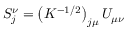
S _ { j } ^ { \nu } = \left( K ^ { - 1 / 2 } \right) _ { j \mu } U _ { \mu \nu }